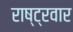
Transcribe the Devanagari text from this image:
राष्ट्रवार